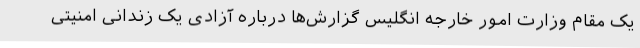
یک مقام وزارت امور خارجه انگلیس گزارش‌ها درباره آزادی یک زندانی امنیتی